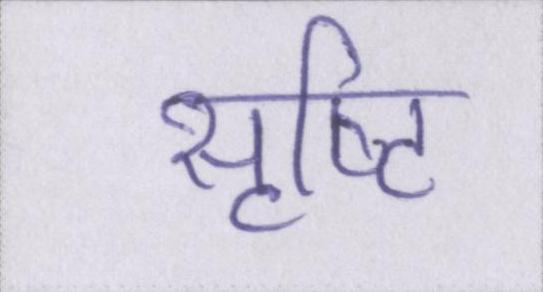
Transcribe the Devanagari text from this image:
सृष्टि